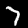
Digit: 7